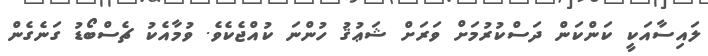
ލައިސާއަކީ ކަންކަން ދަސްކުރުމަށް ވަރަށް ޝަޢުޤު ހުންނަ ކުއްޖެކެވެ. ވުމާއެކު ޗެސްބޯޑު ގަނެގެން